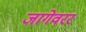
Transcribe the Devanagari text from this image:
जागेवरर